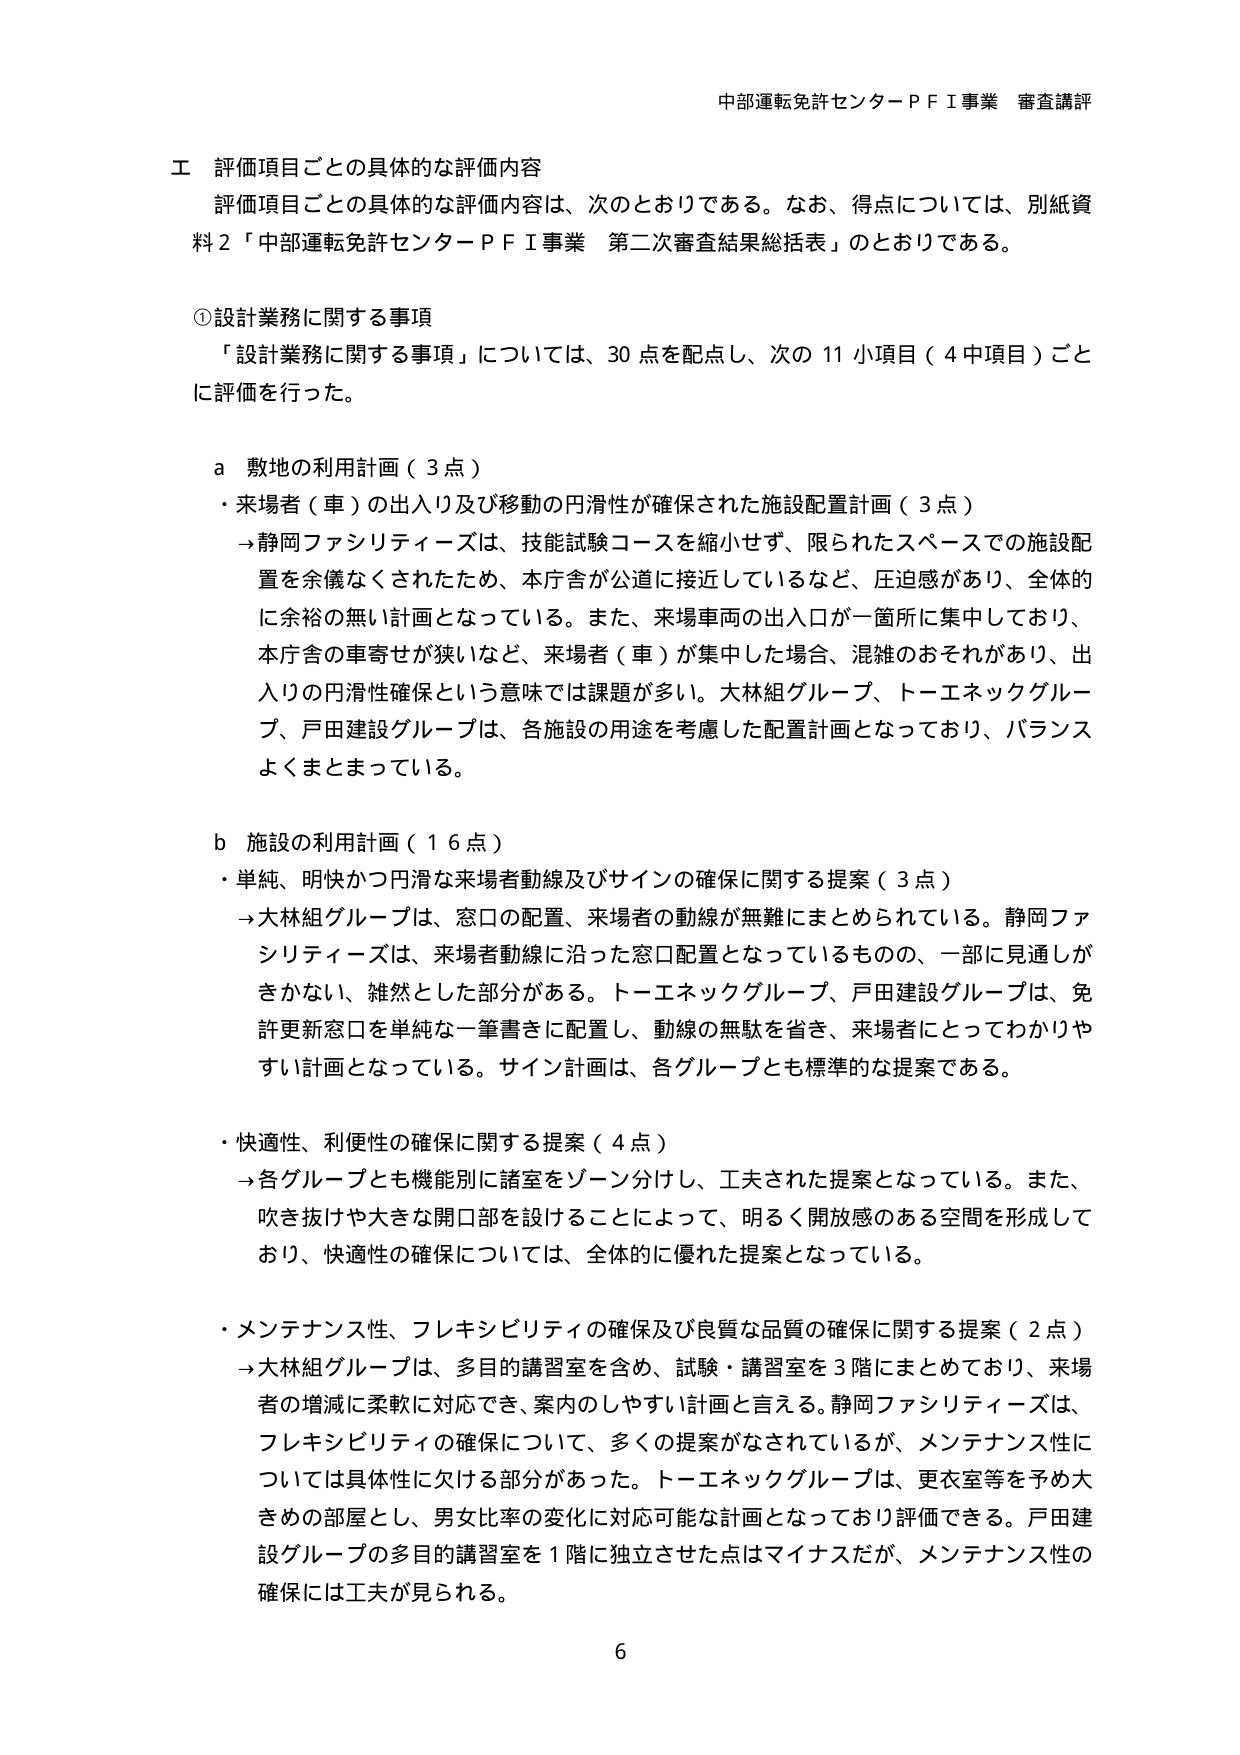
中部運転免許センターＰＦＩ事業 審査講評

工 評価項目ごとの具体的な評価内容
評価項目ごとの具体的な評価内容は、次のとおりである。なお、得点については、別紙資料２「中部運転免許センターＰＦＩ事業 第二次審査結果総括表」のとおりである。

①設計業務に関する事項
「設計業務に関する事項」については、30点を配点し、次の11小項目（4中項目）ごとに評価を行った。

a 敷地の利用計画（3点）
・来場者（車）の出入り及び移動の円滑性が確保された施設配置計画（3点）
→静岡ファシリティーズは、技能試験コースを縮小せず、限られたスペースでの施設配置を余儀なくされたため、本庁舎が公道に接近しているなど、圧迫感があり、全体的に余裕の無い計画となっている。また、来場車両の出入口が一箇所に集中しており、本庁舎の車寄せが狭いなど、来場者（車）が集中した場合、混雑のおそれがあり、出入りの円滑性確保という意味では課題が多い。大林組グループ、トーエネックグループ、戸田建設グループは、各施設の用途を考慮した配置計画となっており、バランスよくまとまっている。

b 施設の利用計画（16点）
・単純、明快かつ円滑な来場者動線及びサインの確保に関する提案（3点）
→大林組グループは、窓口の配置、来場者の動線が無難にまとめられている。静岡ファシリティーズは、来場者動線に沿った窓口配置となっているものの、一部に見通しがきかない、雑然とした部分がある。トーエネックグループ、戸田建設グループは、免許更新窓口を単純な一筆書きに配置し、動線の無駄を省き、来場者にとってわかりやすい計画となっている。サイン計画は、各グループとも標準的な提案である。

・快適性、利便性の確保に関する提案（4点）
→各グループとも機能別に諸室をゾーン分けし、工夫された提案となっている。また、吹き抜けや大きな開口部を設けることによって、明るく開放感のある空間を形成しており、快適性の確保については、全体的に優れた提案となっている。

・メンテナンス性、フレキシビリティの確保及び良質な品質の確保に関する提案（2点）
→大林組グループは、多目的講習室を含め、試験・講習室を3階にまとめており、来場者の増減に柔軟に対応でき、案内のしやすい計画と言える。静岡ファシリティーズは、フレキシビリティの確保について、多くの提案がなされているが、メンテナンス性については具体性に欠ける部分があった。トーエネックグループは、更衣室等を予め大きめの部屋とし、男女比率の変化に対応可能な計画となっており評価できる。戸田建設グループの多目的講習室を1階に独立させた点はマイナスだが、メンテナンス性の確保には工夫が見られる。

6